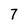
Character: 7